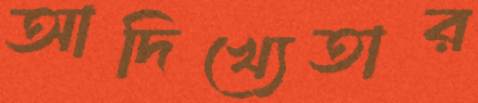
আদিখ্যেতার